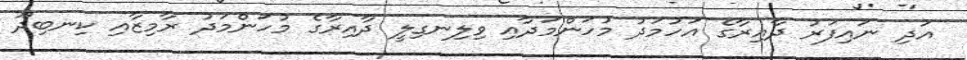
އަދި ނައިފަރު ދާއިރާގެ އަހުމަދު މުހަންމަދާއި ވިލިނގިލީ ދާއިރާގެ މުހަންމަދު ރާމިޒާއި ކިނބިދޫ